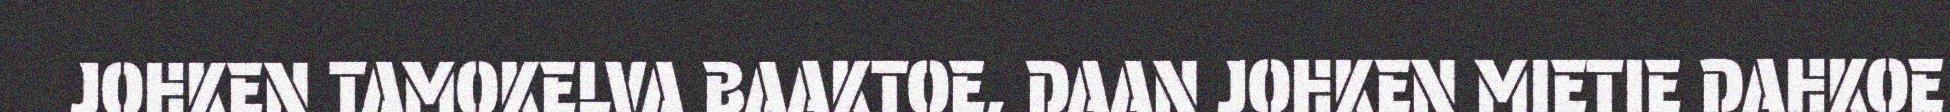
JOHKEN TAMOKELVA BAAKTOE, DAAN JOHKEN MIETIE DAHKOE